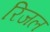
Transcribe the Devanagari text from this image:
रिजल